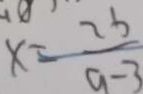
x = \frac { 2 b } { a - 3 }